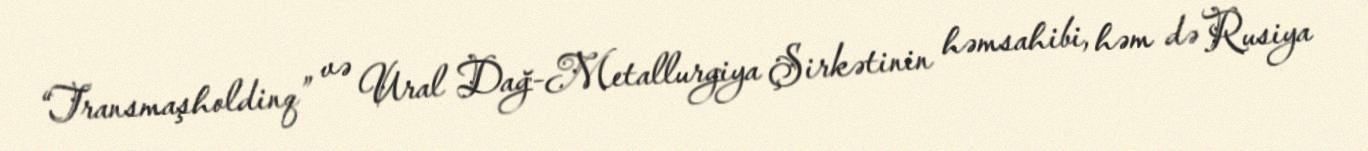
“Transmaşholdinq” və Ural Dağ-Metallurgiya Şirkətinin həmsahibi, həm də Rusiya